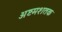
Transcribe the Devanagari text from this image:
अष्टमशतक